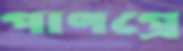
পাণগ্রে